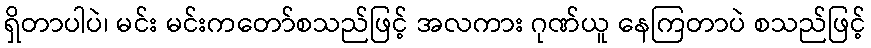
ရှိတာပါပဲ၊ မင်း မင်းကတော်စသည်ဖြင့် အလကား ဂုဏ်ယူ နေကြတာပဲ စသည်ဖြင့်